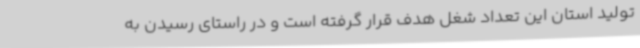
تولید استان این تعداد شغل هدف قرار گرفته است و در راستای رسیدن به